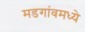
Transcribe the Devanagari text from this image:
मडगांवमध्ये